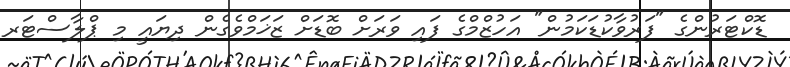
ޑޮކްޓަރުންގެ "ފަރުވާކުޑަކަމުން" އަހުޒްމްގެ ފައި ވަރަށް ބޮޑަށް ޒަޚަމްވެގެން ދިޔައީ މި ޕްލާސްޓަރ